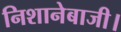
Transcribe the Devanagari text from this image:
निशानेबाजी।